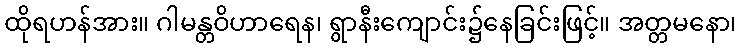
ထိုရဟန်အား။ ဂါမန္တဝိဟာရေန၊ ရွာနီးကျောင်း၌နေခြင်းဖြင့်။ အတ္တမနော၊